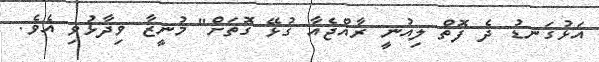
އަޅުގަނޑު ދެ ފޮތް ލިއުނީ ރާއްޖެއާ ގުޅޭ ގޮތަށް" މުނީޒާ ވިދާޅުވި އެވެ.